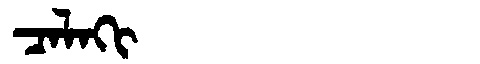
Manchu: ᠴᠠᠯᠠᡴᡳ
Romanization: CALAKI